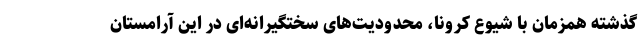
گذشته همزمان با شیوع کرونا، محدودیت‌های سختگیرانه‌ای در این آرامستان